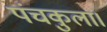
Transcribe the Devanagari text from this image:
पंचकुला।